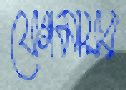
যোগমায়ার